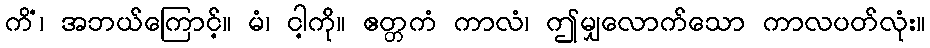
ကိံ၊ အဘယ်ကြောင့်။ မံ၊ ငါ့ကို။ ဧတ္တကံ ကာလံ၊ ဤမျှလောက်သော ကာလပတ်လုံး။